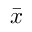
\textstyle { \bar { x } }